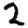
Digit: 2